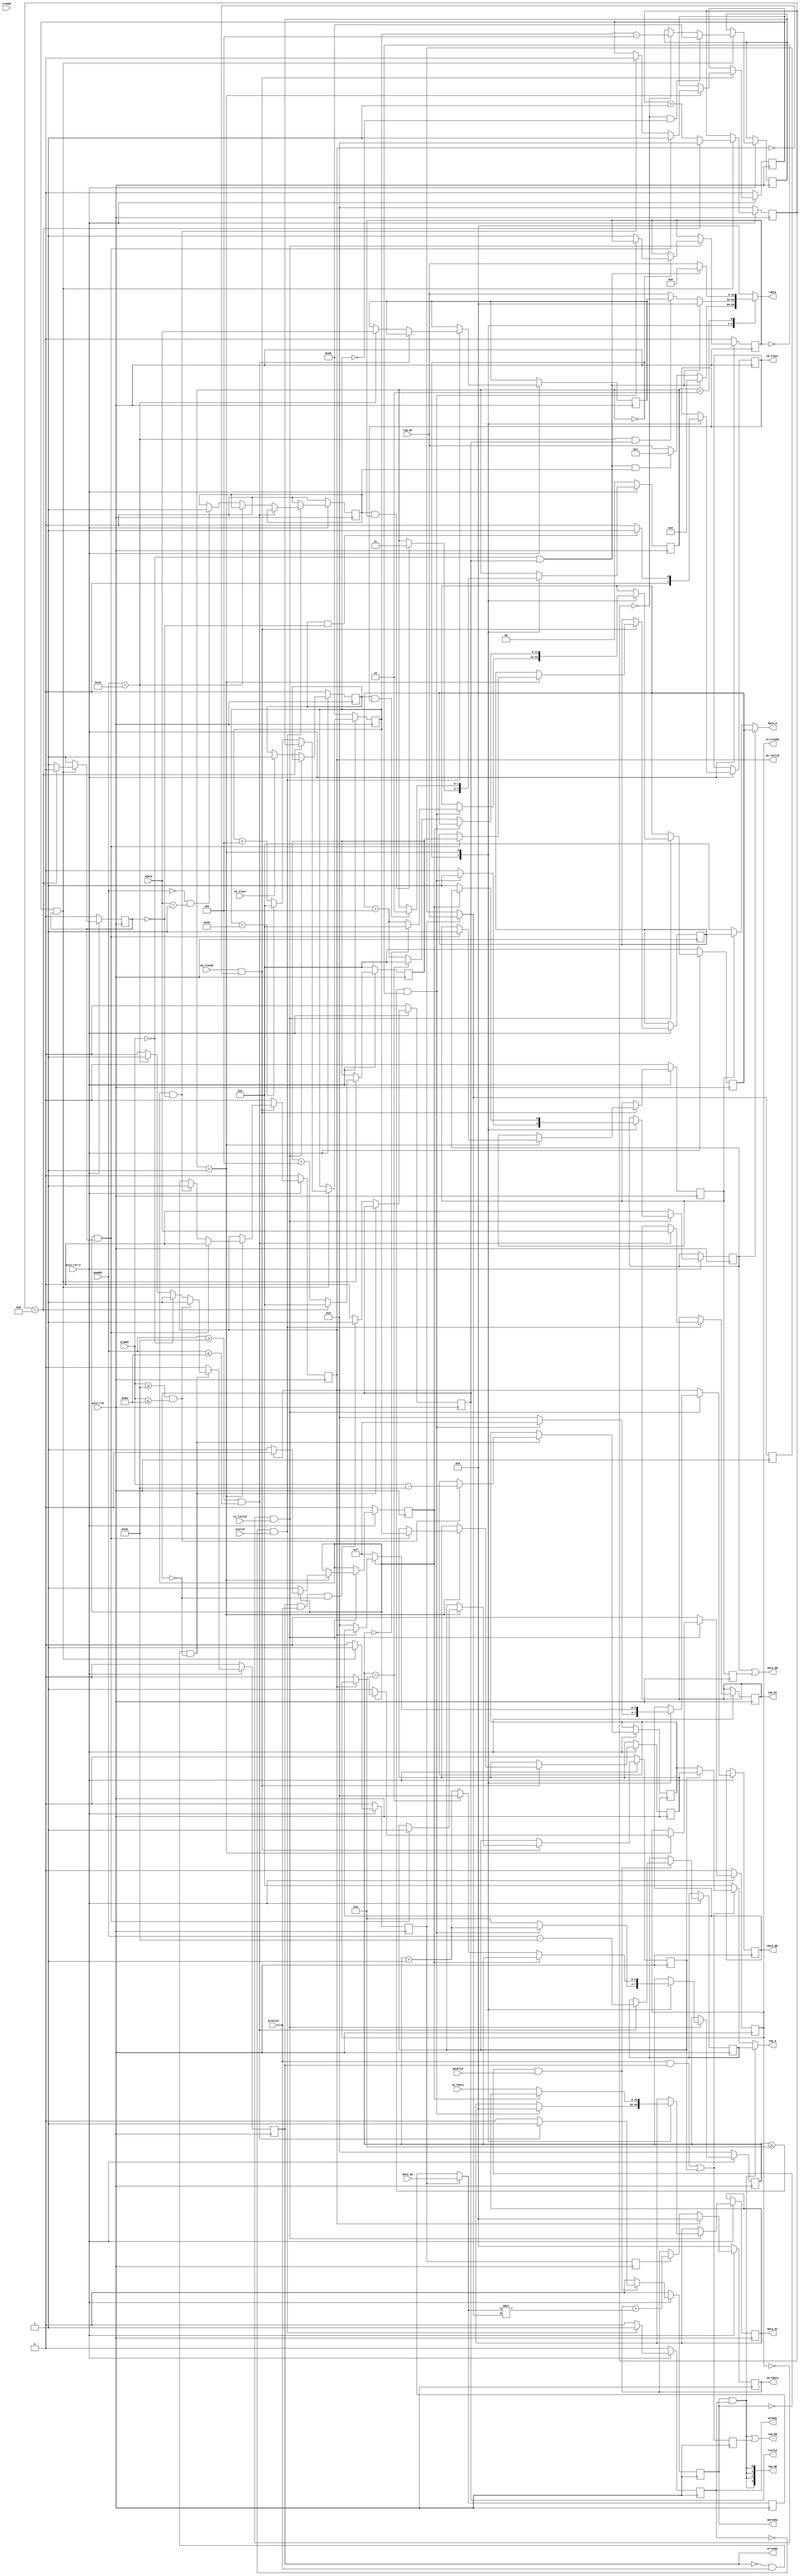
module fir
       #(  parameter pADDR_WIDTH = 12,
           parameter pDATA_WIDTH = 32,
           parameter Tape_Num    = 11
        )
       (
           output  wire                     awready,
           output  wire                     wready,
           input   wire                     awvalid,
           input   wire [(pADDR_WIDTH-1):0] awaddr,
           input   wire                     wvalid,
           input   wire [(pDATA_WIDTH-1):0] wdata,
           output  wire                     arready,
           input   wire                     rready,
           input   wire                     arvalid,
           input   wire [(pADDR_WIDTH-1):0] araddr,
           output  wire                     rvalid,
           output  wire [(pDATA_WIDTH-1):0] rdata,
           input   wire                     ss_tvalid,
           input   wire [(pDATA_WIDTH-1):0] ss_tdata,
           input   wire                     ss_tlast,
           output  wire                     ss_tready,
           input   wire                     sm_tready,
           output  wire                     sm_tvalid,
           output  wire [(pDATA_WIDTH-1):0] sm_tdata,
           output  wire                     sm_tlast,

           // bram for tap RAM
           output  wire           [3:0]     tap_WE,
           output  wire                     tap_EN,
           output  wire [(pDATA_WIDTH-1):0] tap_Di,
           output  wire [(pADDR_WIDTH-1):0] tap_A,
           input   wire [(pDATA_WIDTH-1):0] tap_Do,

           // bram for data RAM
           output  wire            [3:0]    data_WE,
           output  wire                     data_EN,
           output  wire [(pDATA_WIDTH-1):0] data_Di,
           output  wire [(pADDR_WIDTH-1):0] data_A,
           input   wire [(pDATA_WIDTH-1):0] data_Do,

           input   wire                     axis_clk,
           input   wire                     axis_rst_n
       );
// write your code here!

// state declare
parameter ap_idle = 0;
parameter ap_start = 1;
parameter ap_done = 2;

reg [1:0] state;

// AXIS_Stream write declare
reg     ss_tready_reg;
reg     ss_finish_reg;
wire    ss_finish;
reg     data_EN_sw_reg;
reg     data_EN_sr_reg;
reg     data_EN_r_d;
wire    stream_prepared;
reg     ap_start_sig;

reg [pADDR_WIDTH-1:0] data_WA_reg;
reg [pDATA_WIDTH-1:0] data_Di_reg;
reg [3:0]             data_WE_reg;
wire[pADDR_WIDTH-1:0] data_WA;

assign data_WE = data_WE_reg ;
assign ss_tready = ss_tready_reg;

assign data_WA = data_WA_reg;
assign data_Di = data_Di_reg;

wire                   ss_write_valid;
wire [3:0]             ss_count;
reg [3:0]              ss_count_reg;
assign ss_count = ss_count_reg;

reg stream_prepared_reg;
assign stream_prepared = stream_prepared_reg;

reg     ss_read_valid_reg;
wire    ss_read_valid;
assign  ss_read_valid = ss_read_valid_reg;

assign  ss_finish = ss_finish_reg;

reg [pADDR_WIDTH-1:0] data_RA_reg;
wire [pADDR_WIDTH-1:0] data_RA;
assign data_RA = data_RA_reg;
assign data_EN = data_EN_sw_reg | data_EN_r_d;

always@(posedge axis_clk)
begin
    data_EN_r_d <= data_EN_sr_reg;
end

assign data_A =(data_EN_sw_reg) ? data_WA :
       (data_EN_sr_reg) ? data_RA : 0;

reg sm_tvalid_reg;
assign sm_tvalid = sm_tvalid_reg;

reg  [pDATA_WIDTH-1:0]  sm_tdata_reg;
assign  sm_tdata = sm_tdata_reg;
reg     sm_tlast_reg;
assign  sm_tlast = sm_tlast_reg;
assign ss_write_valid = ~ ss_read_valid;

reg ctrl_tap_ready_reg;
reg tap_EN_r_d;
reg tap_EN_sr_reg;
wire ctrl_tap_ready;
wire ctrl_tap_valid;
wire ffen;
wire sel;

reg [pADDR_WIDTH-1:0]       tap_RA_sr_reg;
reg [pADDR_WIDTH-1:0]       tap_RA_lr_reg;

wire [pADDR_WIDTH-1:0]      ctrl_tap_addr;
wire [pADDR_WIDTH-1:0]      ctrl_data_addr;

// state
always @( posedge axis_clk )
begin
    if ( !axis_rst_n )
    begin
        state <= ap_idle;
    end
    else
    begin
        case(state)
            ap_idle:
            begin
                if(ap_start_sig && stream_prepared)
                    state <= ap_start;
                sm_tlast_reg <= 0;
            end

            ap_start:
            begin
                if(ss_finish && sm_tlast)
                    state <= ap_done;

                if(ss_finish  && !ctrl_tap_valid)
                    sm_tlast_reg <= 1;
                else
                    sm_tlast_reg <= 0;
            end
            
        endcase
    end
end

// AXIS_Stream write

always @( posedge axis_clk )
begin
    if ( !axis_rst_n )
    begin
        ss_tready_reg <= 0;
        ss_finish_reg <= 0;
        ss_count_reg <= 0;
        ss_read_valid_reg <= 0;
        data_WA_reg <= 0;

        stream_prepared_reg <= 0;
        ss_read_valid_reg <= 0;
    end
    else
    begin
        if (!ss_tready && ss_tvalid)
        begin
            case(state)
                ap_idle:
                begin
                    if((ss_count <= Tape_Num - 1) && !stream_prepared)
                    begin
                        data_WE_reg <= 4'b1111;
                        data_EN_sw_reg <= 1;

                        data_WA_reg <= (ss_count == 0) ? 0:data_WA_reg + 4;
                        ss_count_reg <= ss_count_reg + 1;
                        data_Di_reg <= 0;

                    end
                    else
                    begin
                        stream_prepared_reg <= 1;
                        ss_count_reg <= 4'd10;

                        data_EN_sw_reg <= 0;
                        data_WE_reg <= 0;
                    end
                end

                ap_start:
                begin
                    if(ss_write_valid)
                    begin
                        ss_tready_reg <= 1;
                        data_WE_reg <= 4'b1111;
                        data_EN_sw_reg <= 1;

                        data_WA_reg <= (ss_count == 4'd10) ? 0 :data_WA_reg + 4;
                        ss_count_reg <=(ss_count == 4'd10) ? 0 :ss_count_reg + 1;
                        data_Di_reg <= ss_tdata;

                        ss_read_valid_reg <= 1;

                    end
                    else if (sm_tvalid)
                        ss_read_valid_reg <= 0;
                    else
                    begin
                        data_WE_reg <= 0;
                        ss_tready_reg <= 0;

                    end
                end
            endcase
        end
        else
        begin
            data_WE_reg <= 4'b0;
            data_EN_sw_reg <= 0;
            ss_tready_reg <= 0;
            if(ss_tlast)
                ss_finish_reg <= 1;

        end
    end
end

always @( posedge axis_clk )
begin
    if ( !axis_rst_n )
    begin
        sm_tvalid_reg <= 0;
        ctrl_tap_ready_reg <= 0;
        data_EN_sr_reg <= 0;
        tap_EN_sr_reg <= 0;
    end
    else
    begin
        if (sm_tready && !sm_tvalid)
        begin
            case(state)
                ap_start:
                begin
                    if(ss_read_valid && ctrl_tap_valid)
                    begin
                        sm_tvalid_reg <= 0;
                        data_EN_sr_reg <= 1;
                        tap_EN_sr_reg <= 1;

                        data_RA_reg <= ctrl_data_addr;
                        tap_RA_sr_reg <= ctrl_tap_addr;
                        ctrl_tap_ready_reg <= 1;
                    end
                    else if (ss_read_valid && !ctrl_tap_valid)
                    begin
                        sm_tvalid_reg <= 1;
                        ctrl_tap_ready_reg <= 0 ;

                    end
                end
            endcase
        end
        else
        begin
            sm_tvalid_reg <= 0;
        end
    end
end

//caculate fir declare
reg [pDATA_WIDTH-1:0]       old_ram_data_reg;
reg [pDATA_WIDTH-1:0]       old_cof_data_reg;
wire [pDATA_WIDTH-1:0]      old_ram_data;
wire [pDATA_WIDTH-1:0]      old_cof_data;
wire [pDATA_WIDTH-1:0]      new_ram_data;
wire [pDATA_WIDTH-1:0]      new_cof_data;
wire [3:0] ctrl_count;

assign old_ram_data = old_ram_data_reg;
assign old_cof_data = old_cof_data_reg;

assign new_cof_data = tap_Do;
assign new_ram_data = data_Do;

assign ctrl_tap_ready = ctrl_tap_ready_reg;
assign o_ram_data = sel ?  old_ram_data : new_ram_data;
assign o_cof_data = sel ?  old_cof_data : new_cof_data;

//caculate fir
reg ffen_d;
wire  [pDATA_WIDTH-1:0] o_ram_data;
wire  [pDATA_WIDTH-1:0] o_cof_data;

always@(posedge axis_clk)
begin
    ffen_d <= ffen;

    if(!axis_rst_n)
        sm_tdata_reg <= 0;
    else if(sm_tvalid)
        sm_tdata_reg <= 0;
    else if(ffen_d)
        sm_tdata_reg <= sm_tdata_reg +(o_ram_data*o_cof_data);
end

always@(posedge axis_clk)
begin
    if(ffen)
    begin
        old_ram_data_reg <= new_ram_data;
        old_cof_data_reg <= new_cof_data;
    end
end

// ctrl_tapRAM
wire en;
reg o_valid_reg, ffen_r;
reg [pADDR_WIDTH-1:0] o_data_addr_reg;
reg [pADDR_WIDTH-1:0] o_tap_addr_reg;


assign ctrl_tap_valid = o_valid_reg;
assign ctrl_data_addr = o_data_addr_reg;
assign ctrl_tap_addr = o_tap_addr_reg;
assign ffen = ffen_r;
assign sel = ~ffen ;
assign en = ctrl_tap_ready & ctrl_tap_valid;

reg[3:0] count_reg;
assign ctrl_count = count_reg;

reg [pADDR_WIDTH-1:0]tap_last_addr_reg;

always@(posedge axis_clk)
begin
    if (!axis_rst_n)
    begin
        o_data_addr_reg <= 0;
        o_tap_addr_reg <= 12'd40;
        ffen_r  <= 0;
        o_valid_reg <= 0;
        count_reg <= 0;
    end
    else if(en)
    begin
        o_valid_reg <= (ctrl_count == 4'd11) ? 0 : 1;

        o_data_addr_reg <= (ctrl_count == 4'd11)? 0:o_data_addr_reg + 4;

        o_tap_addr_reg <= (ctrl_count == 4'd11) ? tap_last_addr_reg :
                     (ctrl_tap_addr == 12'd40) ? 0 : ctrl_tap_addr + 4;

        tap_last_addr_reg <= (ctrl_count == 0 && ctrl_tap_addr == 0) ? 12'd40 :
                        (ctrl_count == 0) ? ctrl_tap_addr - 4 : tap_last_addr_reg;

        count_reg <= (ctrl_count == 4'd11) ? 0 :ctrl_count + 1;

        ffen_r  <= 1;
    end
    else
    begin
        o_valid_reg <= 1;
        ffen_r  <= 0;
    end
end

// Lite write declare
reg wready_reg;
reg awready_reg;

reg [pADDR_WIDTH-1:0]       tap_WA_reg;
reg [pDATA_WIDTH-1:0]       tap_Di_reg;
wire [pADDR_WIDTH-1:0]      tap_WA;
reg [pDATA_WIDTH-1:0]       data_length;

assign awready = awready_reg;
assign wready = wready_reg;
assign tap_WE = {4{awready & wready}};

assign tap_WA = tap_WA_reg;
assign tap_Di = tap_Di_reg;

// Lite write
always @( posedge axis_clk )
begin
    if ( !axis_rst_n )
    begin
        awready_reg <= 0;
        wready_reg <= 0;
        ap_start_sig <= 0;
    end
    else
    begin
        if (!awready && awvalid)
        begin
            if(awaddr>=12'h20 && awaddr<=12'h60)
            begin
                awready_reg <= 1;
                tap_WA_reg <= awaddr-12'h20;
            end
            else
                awready_reg <= 0;
        end
        else
        begin
            awready_reg <= 0;
        end

        if (!wready && wvalid)
        begin
            wready_reg <= 1;
            if(awaddr>=12'h20 && awaddr<=12'h60)
            begin
                tap_Di_reg <= wdata;
            end
            else if (awaddr==12'h10)
                data_length <= wdata;
            else if(awaddr==0 && wdata==1)
                ap_start_sig <= 1;

        end
        else
        begin
            wready_reg <= 0;
            ap_start_sig <= 0;
        end

    end
end

// Lite read declare
reg arready_reg;
reg rvalid_reg;

reg [pDATA_WIDTH-1:0]       rdata_reg;
wire [pADDR_WIDTH-1:0]      tap_RA;

assign arready = arready_reg;
assign rvalid = rvalid_reg;
assign rdata = rdata_reg ;

assign tap_RA = (tap_EN_sr_reg) ? tap_RA_sr_reg : tap_RA_lr_reg;
assign tap_EN = {awready & wready} | tap_EN_r_d ;

always @( posedge axis_clk )
begin
    tap_EN_r_d <= {arvalid & arready} | tap_EN_sr_reg;
end

assign tap_A = ({awready & wready}) ? tap_WA :
       ({arvalid & arready} | tap_EN_sr_reg) ? tap_RA : 0;


// Lite read

always@(*)
begin
    case(state)
        ap_idle:
        begin
            if(araddr==0 && rvalid)
                rdata_reg =32'h04;
            else if(araddr==0 && rvalid && ap_start_sig)
                rdata_reg =32'h01;
            else
                rdata_reg = tap_Do;
        end

        ap_start:
        begin
            if(araddr==0 && rvalid)
                rdata_reg =32'h00;
            else if(awaddr==12'h10 && rvalid)
                rdata_reg = data_length;
            else
                rdata_reg = tap_Do;
        end

        ap_done:
        begin
            if(araddr==0 && rvalid)
                rdata_reg =32'h06;
            else
                rdata_reg = tap_Do;
        end
        default:
            rdata_reg = 0;
    endcase
end

always @( posedge axis_clk )
begin
    if ( !axis_rst_n )
    begin
        arready_reg <= 0;
        rvalid_reg <= 0;
    end
    else
    begin
        if(!arready && arvalid && !rvalid)
        begin
            if(araddr>=12'h20 && araddr<=12'h60)
            begin
                arready_reg <= 1;
                tap_RA_lr_reg <= araddr-12'h20;
            end
            else if(araddr==0)
            begin
                arready_reg <= 1;
            end
            else if (awaddr==12'h10)
                arready_reg <= 1;
            else
                arready_reg <= 0;

        end
        else if(arready && arvalid && !rvalid)
        begin
            arready_reg <= 0;
            rvalid_reg <= 1;
        end
        else
        begin
            arready_reg <= 0;
            rvalid_reg <= 0;
        end
    end
end
endmodule